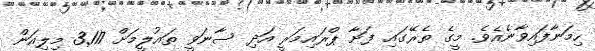
ހިމަނާފައިވާނެއެވެ. މީގެ ތެރޭގައި ފަށާ ޕްރައިމަރީ އަދި ސާނަވީ ތައުލީމަށް 3